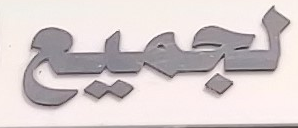
لجميع